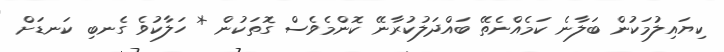
ކިޔައިލުމަކުން ބަލާނެ ކަމެއްނެތޭ ބައްދަލުކުރާނޭ ކޮންމެވެސް ގޮތަކުން * ހަލާކުވެ ގެނބި ކަނޑަށް